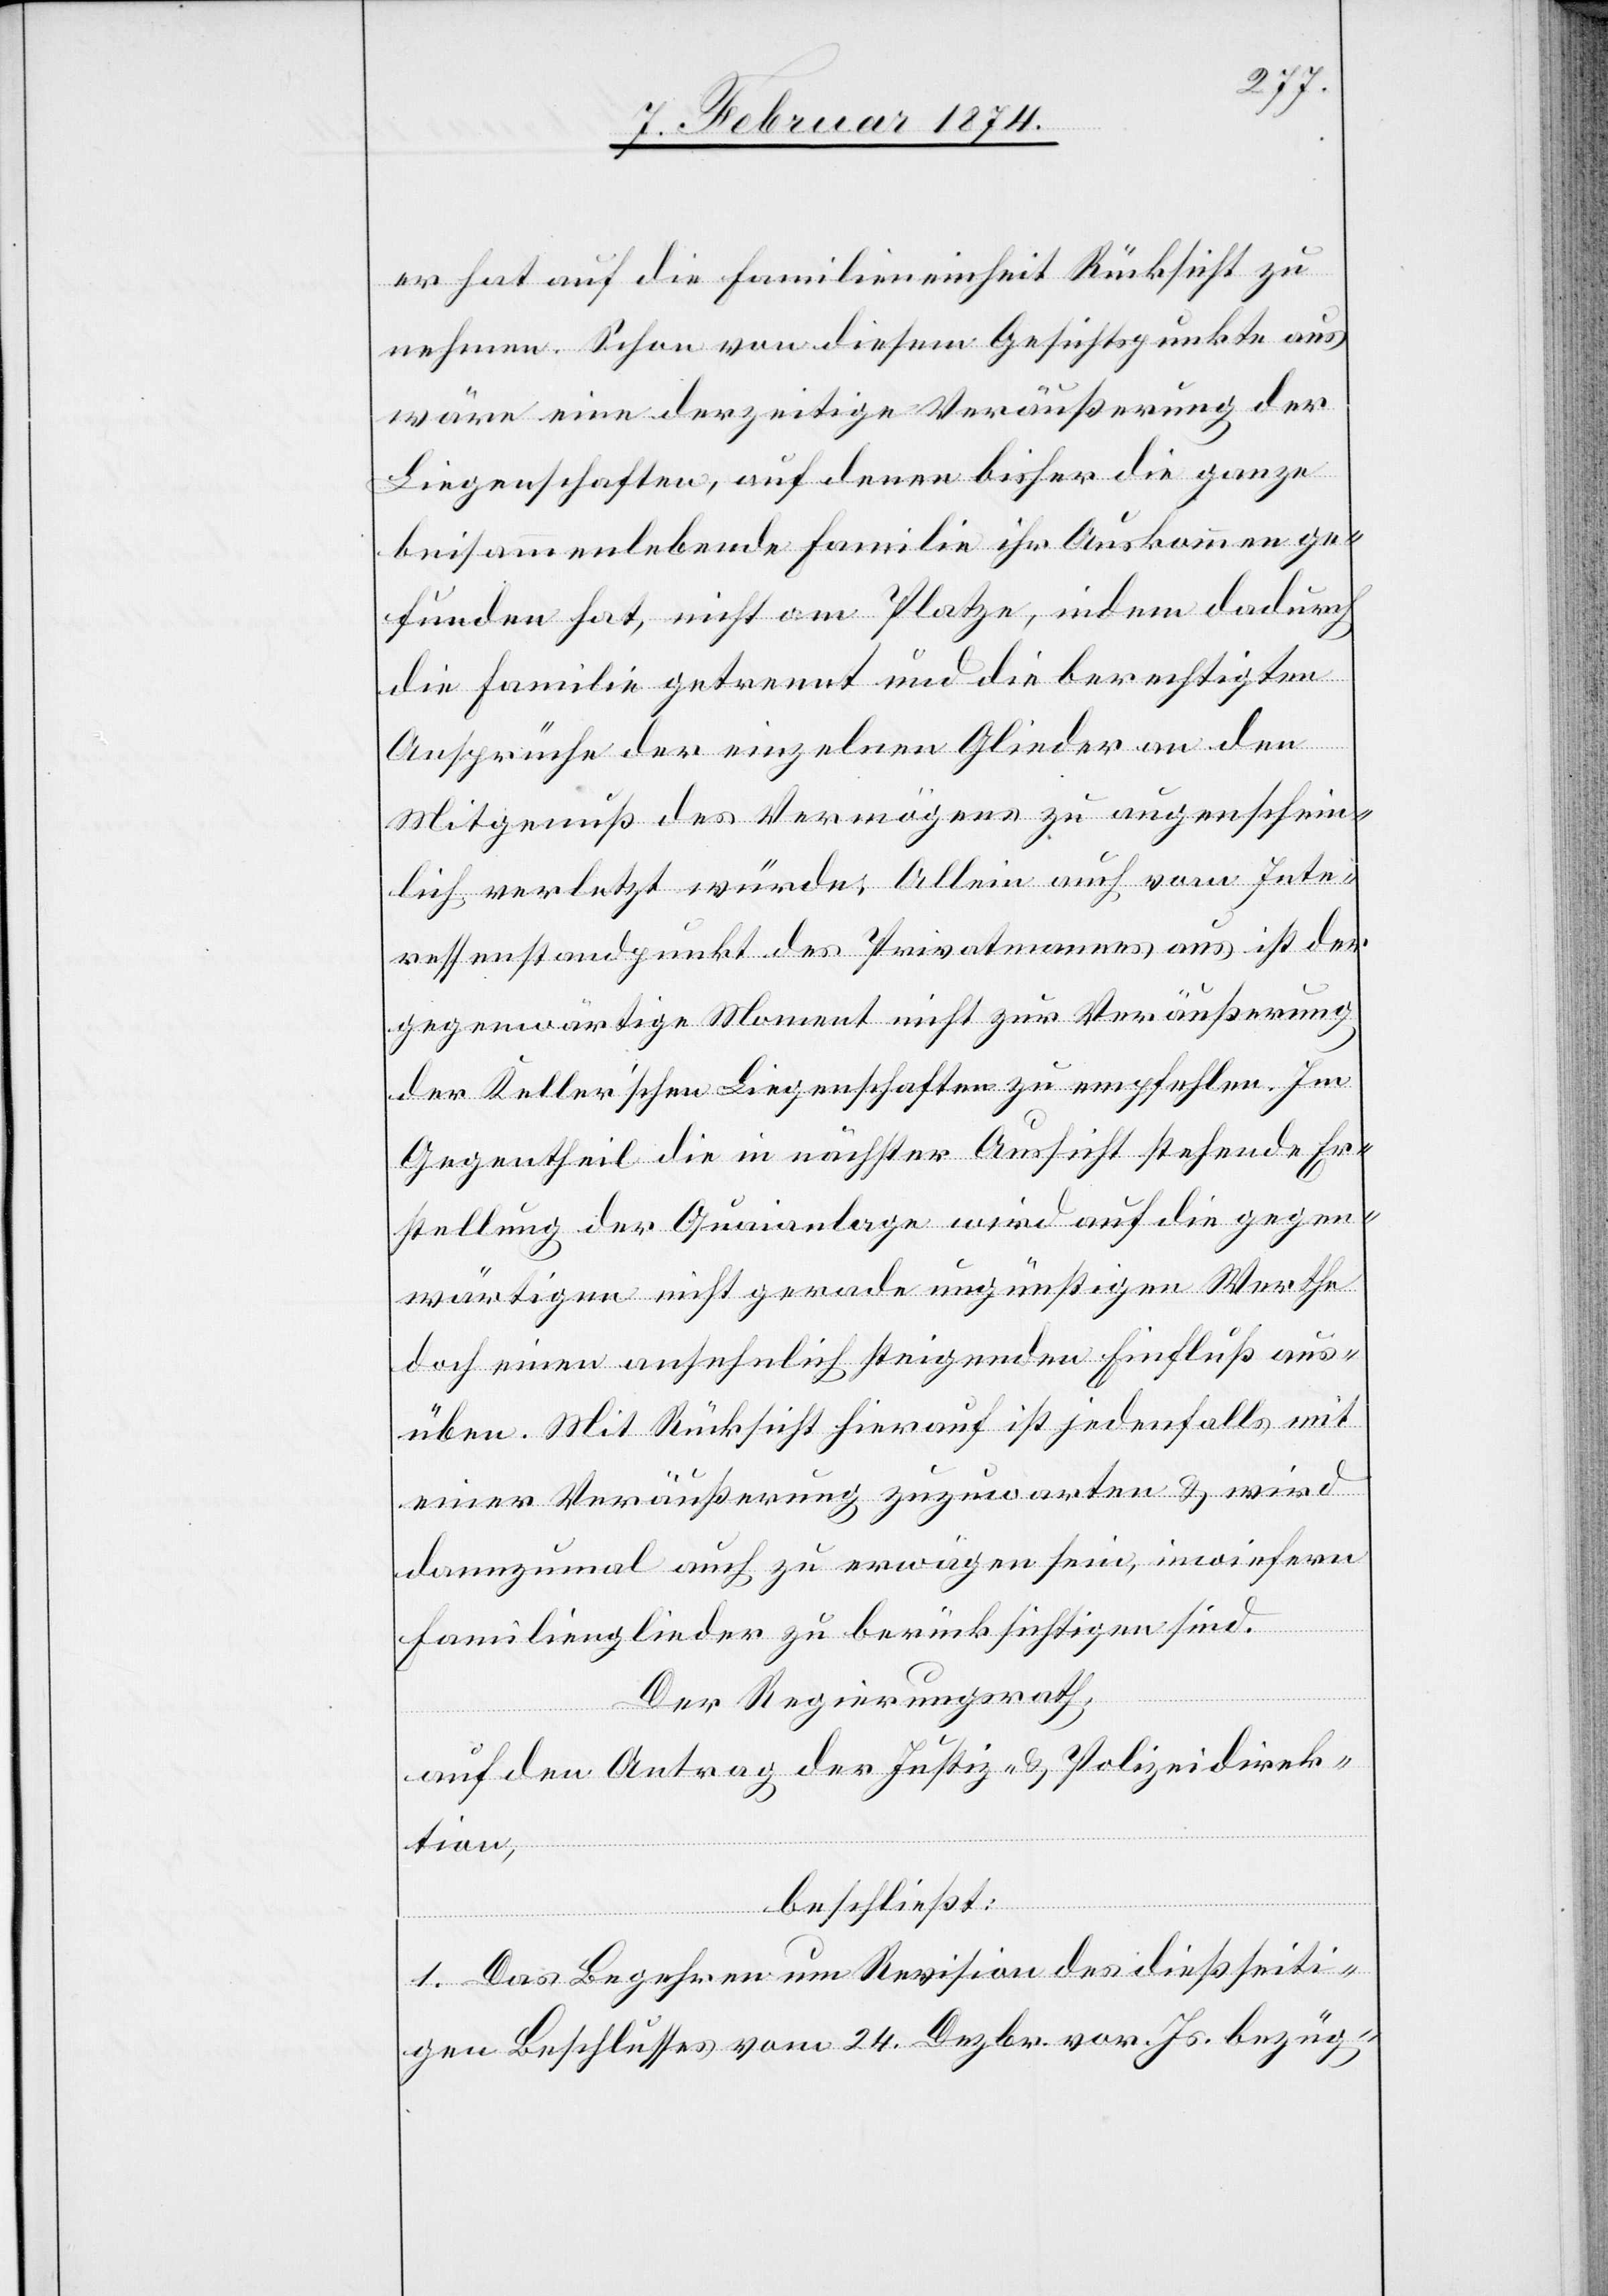
er hat auf die Familieneinheit Rücksicht zu
nehmen. Schon von diesem Gesichtspunkte aus
wäre eine derzeitige Veräußerung der
Liegenschaften, auf denen bisher die ganze
beisammenlebende Familie ihr Auskommen ge¬
funden hat, nicht am Platze, indem dadurch
die Familie getrennt und die berechtigten
Ansprüche der einzelnen Glieder an den
Mitgenuß des Vermögens zu augenschein¬
lich verletzt würde. Allein auch vom Inte¬
ressenstandpunkt des Privatmannes aus ist der
gegenwärtige Moment nicht zur Veräußerung
der Keller’schen Liegenschaften zu empfehlen. Im
Gegentheil die in nächster Aussicht stehende Er¬
stellung der Quaianlage wird auf die gegen¬
wärtigen nicht gerade ungünstigen Werthe
doch einen ansehnlich steigenden Einfluß aus¬
üben. Mit Rücksicht hierauf ist jedenfalls mit
einer Veräußerung zuzuwarten u. wird
demzumal auch zu erwägen sein, inwiefern
Familienglieder zu berücksichtigen sind.
Der Regierungsrath,
auf den Antrag der Justiz- u. Polizeidirek¬
tion,
beschließt:
1. Das Begehren um Revision des dießseiti¬
gen Beschlusses vom 24. Dezbr. vor. Js. bezüg-